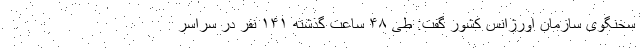
سخنگوی سازمان اورژانس کشور گفت: طی ۴۸ ساعت گذشته ۱۴۱ نفر در سراسر